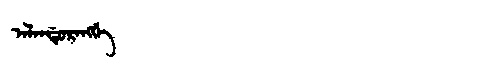
Manchu: ᠠᠯᠠᠨᡩᡠᡵᠠᠩᡤᡝ
Romanization: ALANDURANGGE